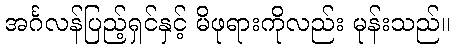
အင်္ဂလန်ပြည့်ရှင်နှင့် မိဖုရားကိုလည်း မုန်းသည်။